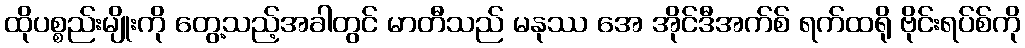
ထိုပစ္စည်းမျိုးကို တွေ့သည့်အခါတွင် မာတီသည် မနုဿ အေ အိုင်ဒီအက်စ် ရက်ထရို ဗိုင်းရပ်စ်ကို